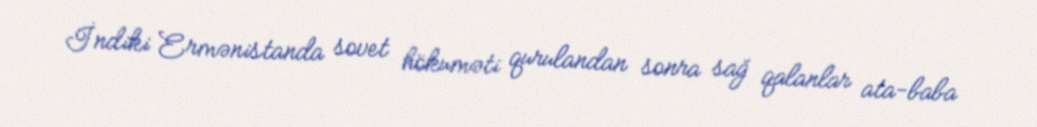
İndiki Ermənistanda sovet hökuməti qurulandan sonra sağ qalanlar ata-baba